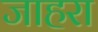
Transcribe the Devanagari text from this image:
जाहरा